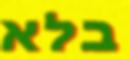
בלא